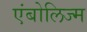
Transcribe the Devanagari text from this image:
एंबोलिज्म